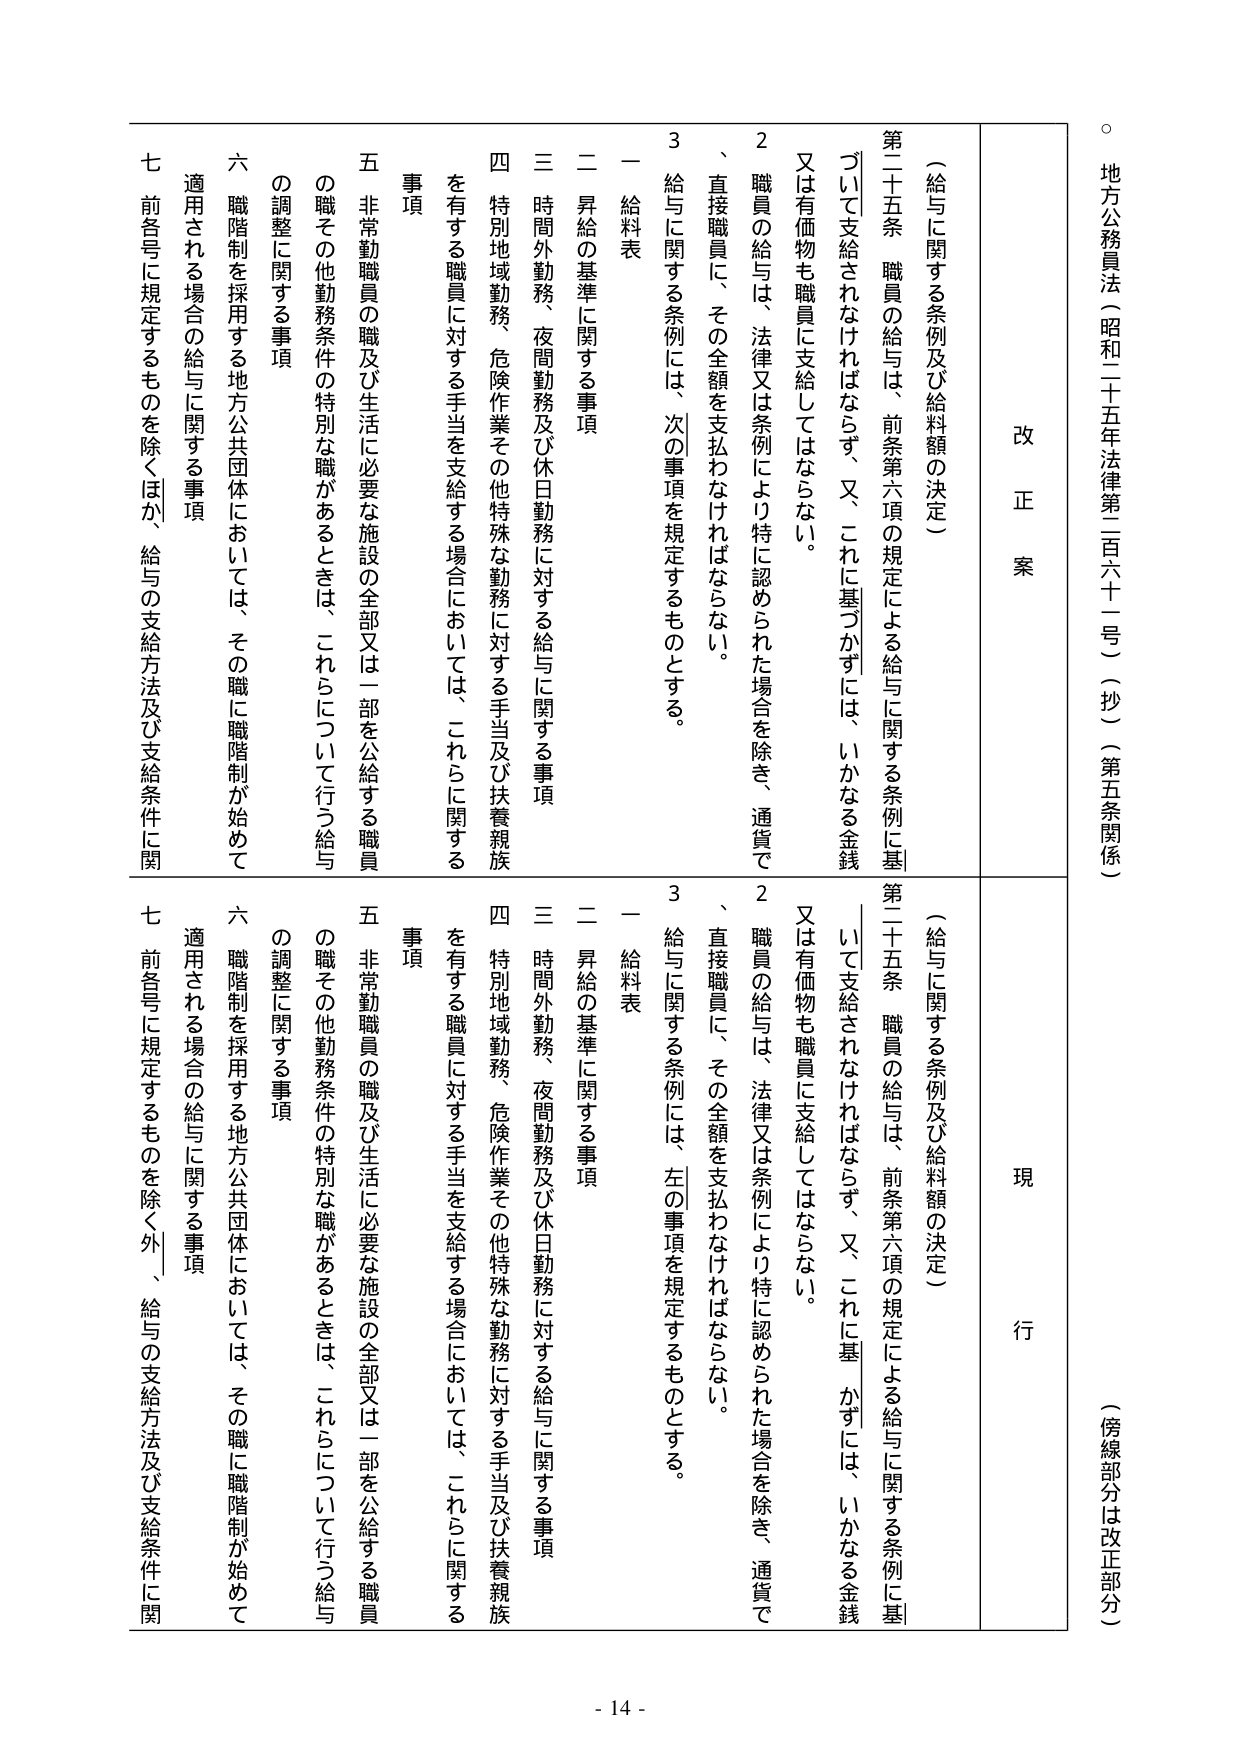
地方公務員法（昭和二十五年法律第三百六十二号）（抄）（第五条関係）

（傍線部分は改正部分）

改正案

（給与に関する条例及び給料額の決定）

第二十五条 職員の給与は、前条第六項の規定による給与に関する条例に基づいて支給されなければならない。又、これに基づかずには、いかなる金銭又は有価物も職員に支給してはならない。

２ 職員の給与は、法律又は条例により特に認められた場合を除き、通貨で、直接職員に、その全額を支払わなければならない。

３ 給与に関する条例には、次の事項を規定するものとする。

一 給料表

二 昇給の基準に関する事項

三 時間外勤務、夜間勤務及び休日勤務に対する給与に関する事項

四 特別地域勤務、危険作業その他特殊な勤務に対する手当及び扶養親族を有する職員に対する手当を支給する場合においては、これらに関する事項

五 非常勤職員の職及び生活に必要な施設の全部又は一部を公給する職員の職その他勤務条件の特別な職があるときは、これらについて行う給与の調整に関する事項

六 職階制を採用する地方公共団体においては、その職に職階制が始めて適用される場合の給与に関する事項

七 前各号に規定するものを除くほか、給与の支給方法及び支給条件に関

現行

（給与に関する条例及び給料額の決定）

第二十五条 職員の給与は、前条第六項の規定による給与に関する条例に基づいて支給されなければならない。又、これに基づかずには、いかなる金銭又は有価物も職員に支給してはならない。

２ 職員の給与は、法律又は条例により特に認められた場合を除き、通貨で、直接職員に、その全額を支払わなければならない。

３ 給与に関する条例には、左の事項を規定するものとする。

一 給料表

二 昇給の基準に関する事項

三 時間外勤務、夜間勤務及び休日勤務に対する給与に関する事項

四 特別地域勤務、危険作業その他特殊な勤務に対する手当及び扶養親族を有する職員に対する手当を支給する場合においては、これらに関する事項

五 非常勤職員の職及び生活に必要な施設の全部又は一部を公給する職員の職その他勤務条件の特別な職があるときは、これらについて行う給与の調整に関する事項

六 職階制を採用する地方公共団体においては、その職に職階制が始めて適用される場合の給与に関する事項

七 前各号に規定するものを除く外、給与の支給方法及び支給条件に関

- 14 -